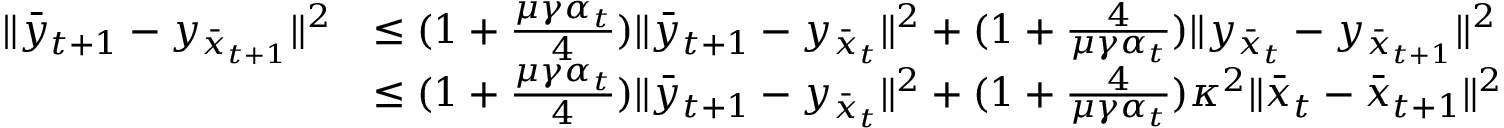
\begin{array} { r l } { \| \bar { y } _ { t + 1 } - y _ { \bar { x } _ { t + 1 } } \| ^ { 2 } } & { \leq ( 1 + \frac { \mu \gamma \alpha _ { t } } { 4 } ) \| \bar { y } _ { t + 1 } - y _ { \bar { x } _ { t } } \| ^ { 2 } + ( 1 + \frac { 4 } { \mu \gamma \alpha _ { t } } ) \| y _ { \bar { x } _ { t } } - y _ { \bar { x } _ { t + 1 } } \| ^ { 2 } } \\ & { \leq ( 1 + \frac { \mu \gamma \alpha _ { t } } { 4 } ) \| \bar { y } _ { t + 1 } - y _ { \bar { x } _ { t } } \| ^ { 2 } + ( 1 + \frac { 4 } { \mu \gamma \alpha _ { t } } ) \kappa ^ { 2 } \| \bar { x } _ { t } - \bar { x } _ { t + 1 } \| ^ { 2 } } \end{array}